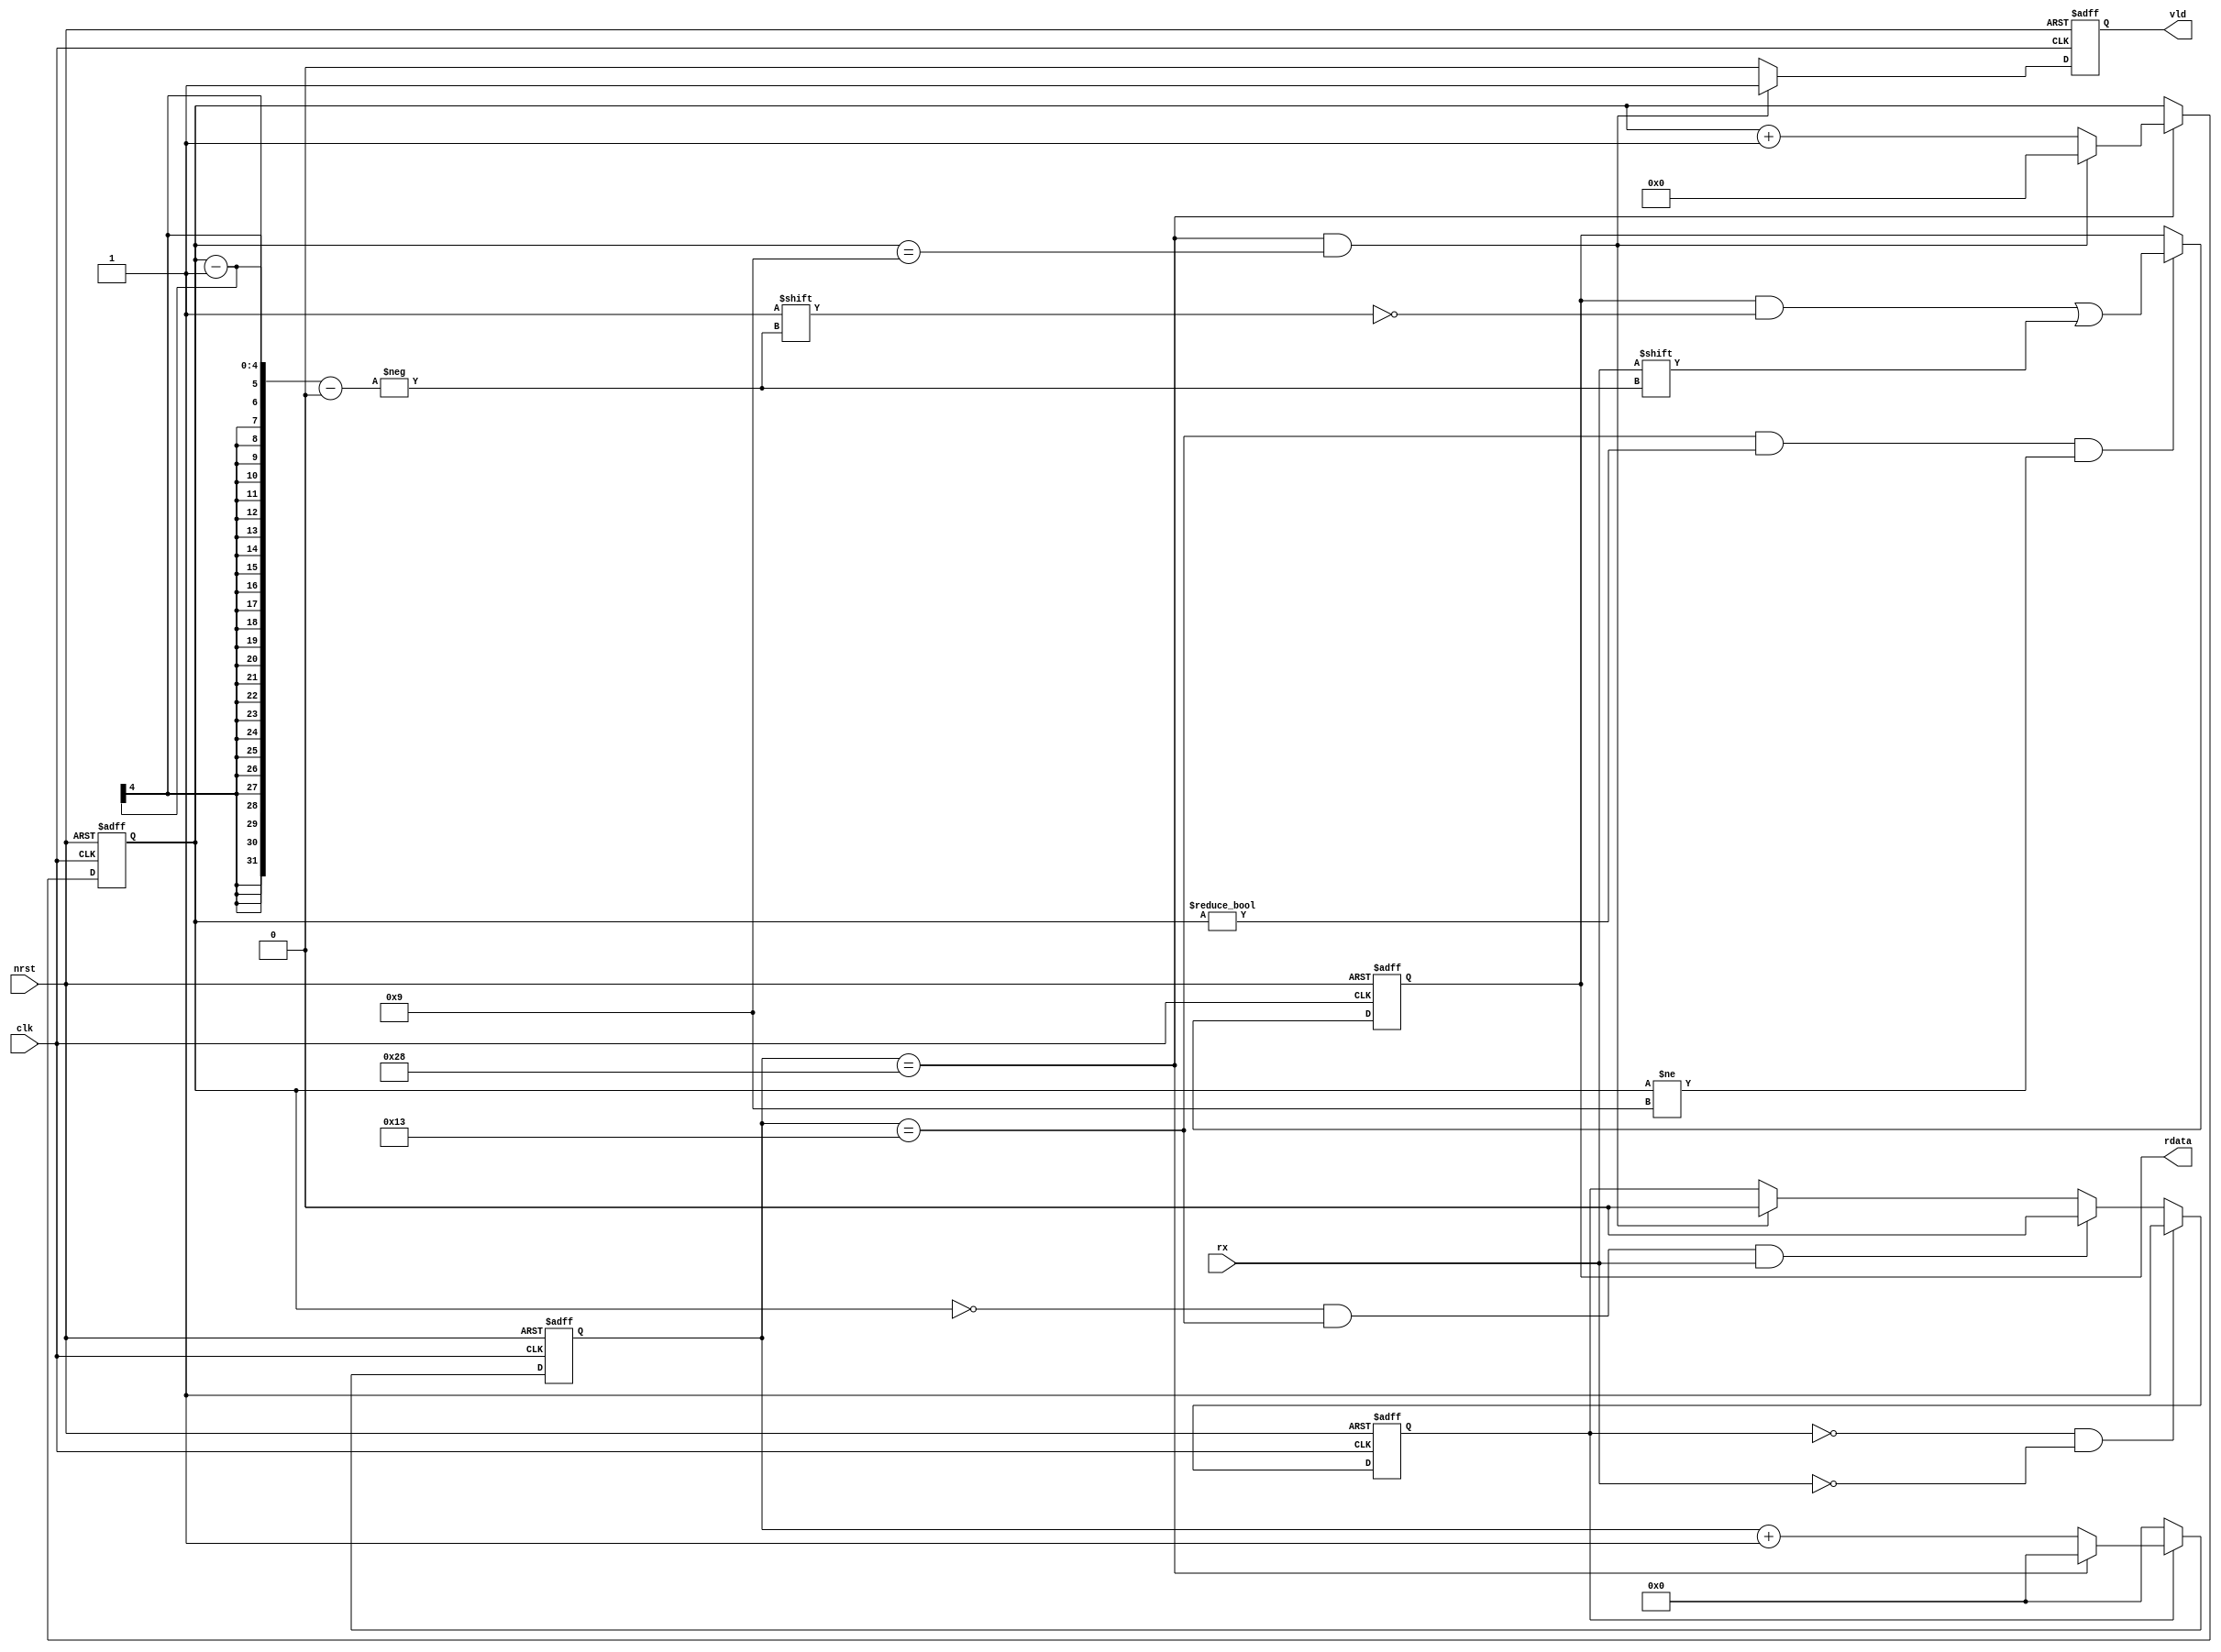


module uart_rx 
	#(
    	parameter BAUDRATE = 1_200_000,
    	parameter FREQ = 50_000_000,
		parameter N_start = 1,
		parameter N_data = 8,
		parameter N_stop = 1
	)
	(
	//	inout    vddd,
    // 	inout    gndd,
    	input clk, nrst,
    	input rx,
    	output [N_data-1:0] rdata,
    	output vld
    );

    localparam T = FREQ / BAUDRATE;

	reg [7:0] rdata_reg;
	reg vld_reg;
	reg [3:0] cnt_bit;
    reg [31:0] cnt_clk;
    assign end_cnt_clk = cnt_clk == T - 1;
    assign end_cnt_bit = end_cnt_clk && cnt_bit == (N_start + N_data + N_stop  - 1);

	assign rdata = rdata_reg;
	assign vld = vld_reg;
    // flag represent state 1 means reciving
    reg flag;
    always @(posedge clk or negedge nrst) begin
        if(nrst == 0)
            flag <= 0;
        else if(flag == 0 && rx == 0)
            flag <= 1;
        else if(cnt_bit == 1 - 1 && cnt_clk == T / 2 - 1 && rx == 1)
            flag <= 0;
        else if(end_cnt_bit)
            flag <= 0;
    end
    
    always @(posedge clk or negedge nrst) begin
        if(nrst == 0)
            cnt_clk <= 0;
        else if(flag) begin
            if(end_cnt_clk)
                cnt_clk <= 0;
            else
                cnt_clk <= cnt_clk + 1'b1;
        end
        else
            cnt_clk <= 0;
    end

    always @(posedge clk or negedge nrst) begin
        if(nrst == 0)
            cnt_bit <= 0;
        else if(end_cnt_clk) begin
            if(end_cnt_bit)
                cnt_bit <= 0;
            else
                cnt_bit <= cnt_bit + 1'b1;
        end
    end

    // acquire data
    always @(posedge clk or negedge nrst) begin
        if(nrst == 0)
            rdata_reg <= 0;
        else if(cnt_clk == T / 2 - 1 && cnt_bit != 1 - 1 && cnt_bit != 10 - 1)
            rdata_reg[cnt_bit - 1] <= rx;
    end

    always @(posedge clk or negedge nrst) begin
        if(nrst == 0)
            vld_reg <= 0;
        else if(end_cnt_bit)
            vld_reg <= 1;
        else
            vld_reg <= 0;
    end

endmodule